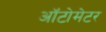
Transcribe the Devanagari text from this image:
ऑटोमेटर